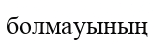
болмауының